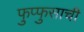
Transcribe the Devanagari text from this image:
फुप्फुसाची